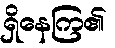
ရှိနေကြ၏